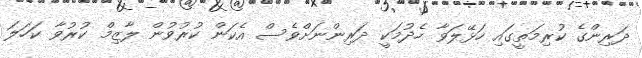
ދަރިންގެ ކުރިމަތީގައި ހަޅޭލަވާ ހެދުމަކީ ދަރިންނަށްވެސް އެކަން ކުރުވުން ލާޒިމް ކުރުވާ ކަހަލަ